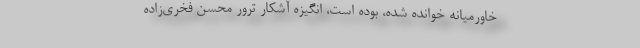
خاورمیانه خوانده شده، بوده است‌، انگیزه آشکار ترور محسن فخری‌زاده